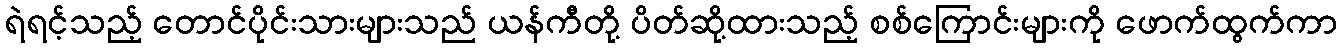
ရဲရင့်သည့် တောင်ပိုင်းသားများသည် ယန်ကီတို့ ပိတ်ဆို့ထားသည့် စစ်ကြောင်းများကို ဖောက်ထွက်ကာ